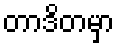
တာဒိတမှာ